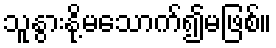
သူနွားနို့မသောက်၍မဖြစ်။